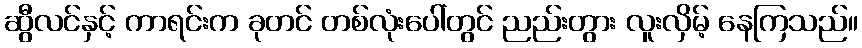
ဆွီလင်နှင့် ကာရင်းက ခုတင် တစ်လုံးပေါ်တွင် ညည်းတွား လူးလှိမ့် နေကြသည်။